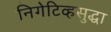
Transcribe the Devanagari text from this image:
निगेटिव्हसुद्धा